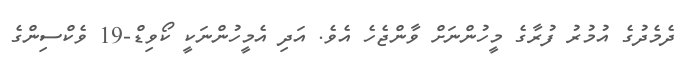
ދެމެދުގެ އުމުރު ފުރާގެ މީހުންނަށް ވާންޖެހެ އެވެ. އަދި އެމީހުންނަކީ ކޯވިޑް-19 ވެކްސިންގެ